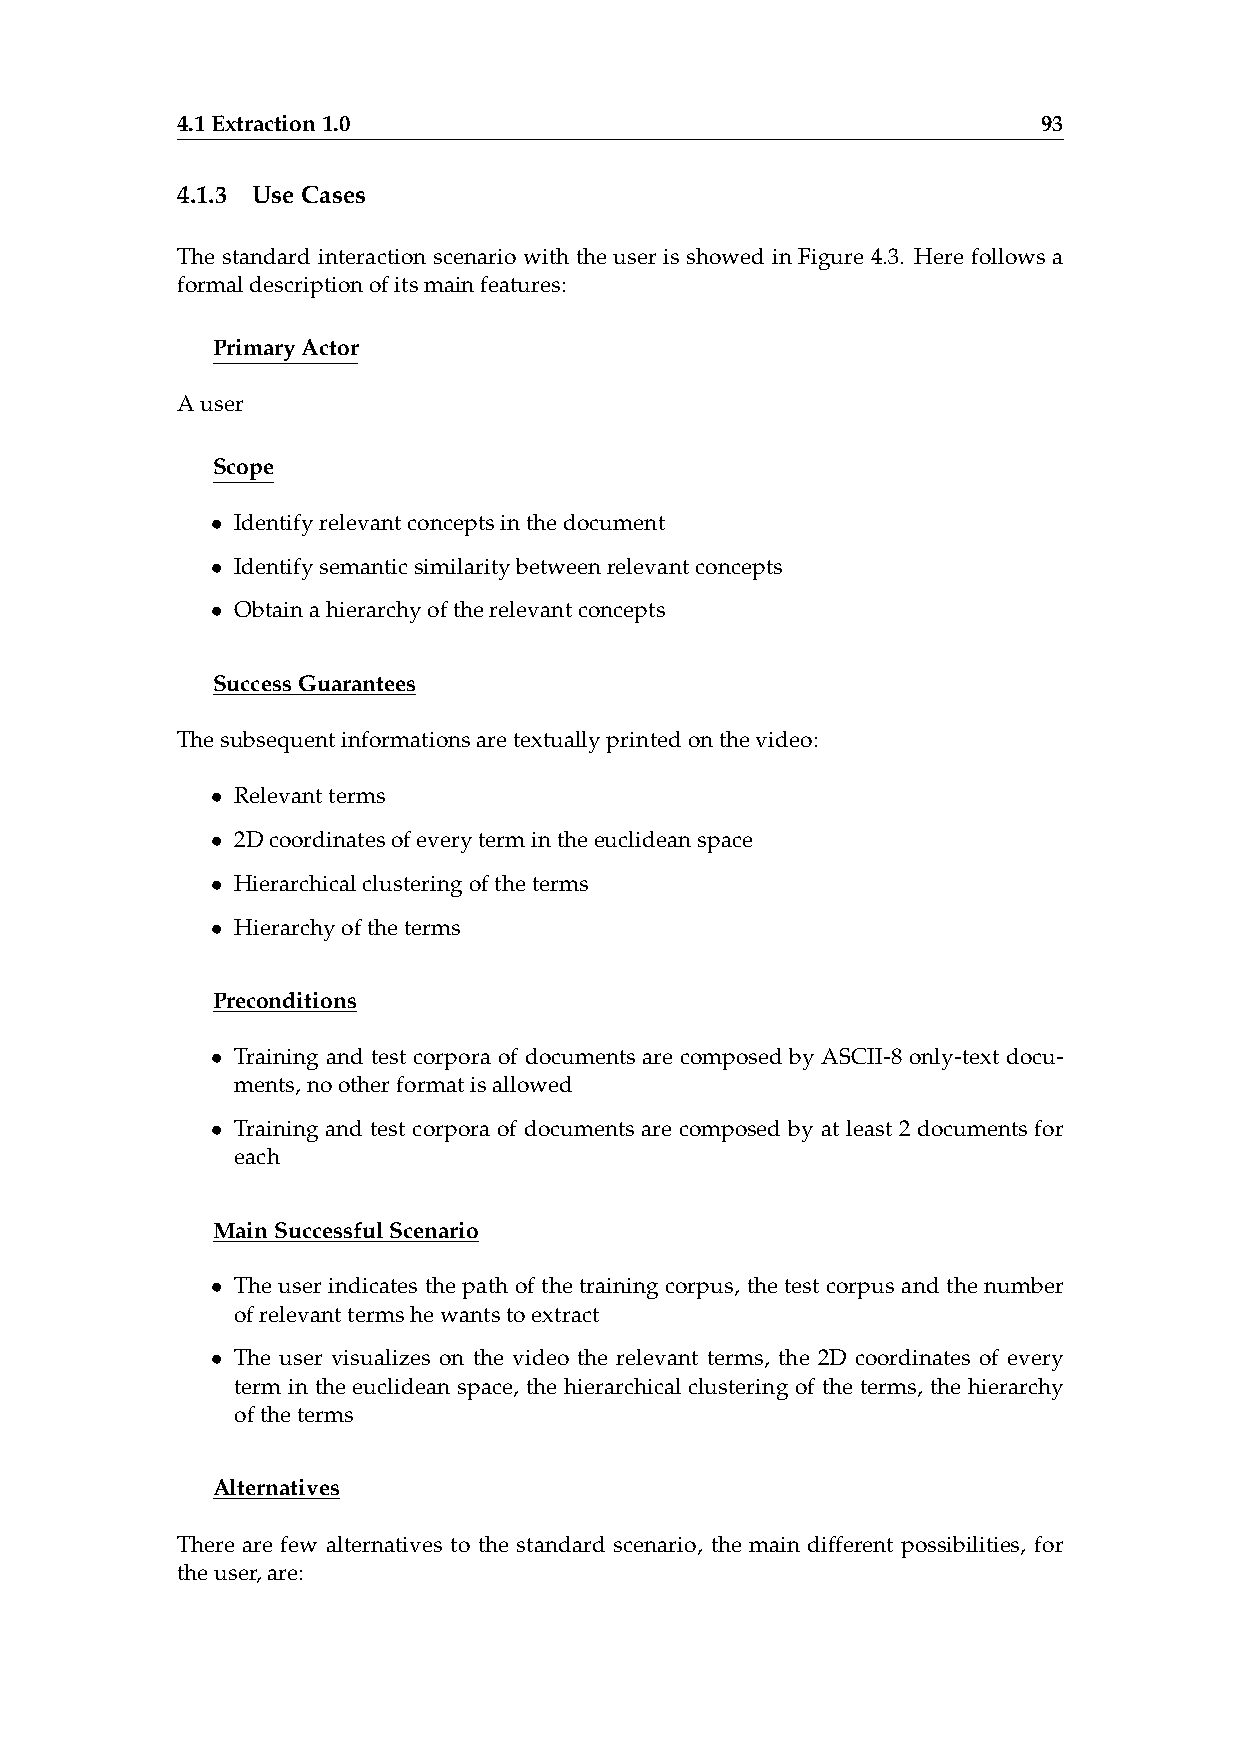
4.1Extraction1.0                                         93
 4.1.3 UseCases
 The standard interaction scenario with the user is showed in Figure 4.3. Here follows a
 formaldescriptionofitsmainfeatures:
 PrimaryActor
 Auser
 Scope
 • Identifyrelevantconceptsinthedocument
 • Identifysemanticsimilaritybetweenrelevantconcepts
 • Obtainahierarchyoftherelevantconcepts
 SuccessGuarantees
 Thesubsequentinformationsaretextuallyprintedonthevideo:
 • Relevantterms
 • 2Dcoordinatesofeverytermintheeuclideanspace
 • Hierarchicalclusteringoftheterms
 • Hierarchyoftheterms
 Preconditions
 • Training and test corpora of documents are composed by ASCII-8 only-text docu-
 ments,nootherformatisallowed
 • Training and test corpora of documents are composed by at least 2 documents for
 each
 MainSuccessfulScenario
 • The user indicates the path of the training corpus, the test corpus and the number
 ofrelevanttermshewantstoextract
 • The user visualizes on the video the relevant terms, the 2D coordinates of every
 term in the euclidean space, the hierarchical clustering of the terms, the hierarchy
 oftheterms
 Alternatives
 There are few alternatives to the standard scenario, the main different possibilities, for
 theuser,are: